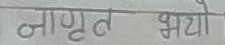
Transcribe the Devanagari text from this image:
जागृत भयो